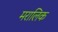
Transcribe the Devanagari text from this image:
मरालिक